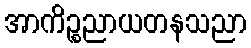
အာကိဉ္စညာယတနသညာ